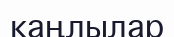
каңлылар